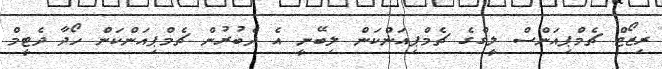
ރިޒޯޓް ޗެމްޕިއަންސް ލީގްގެ ޗެމްޕިއަންކަން ލިބޭނީ އެ ދެބުރުން ޗެމްޕިއަންކަން ހޯދާ ދެޓީމް